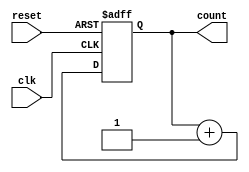
module async_reset_sync_counter (
    input wire clk,          // Clock input
    input wire reset,        // Asynchronous reset input
    output reg [3:0] count   // 4-bit counter output
);

// Asynchronous reset logic
always @(posedge clk or posedge reset) begin
    if (reset) begin
        count <= 4'b0000;   // Reset the counter to zero
    end else begin
        count <= count + 1; // Increment the counter on clock edge
    end
end

endmodule